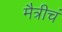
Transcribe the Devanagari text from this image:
मैत्रीचं